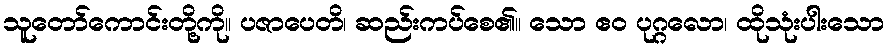
သူတော်ကောင်းတို့ကို။ ပဇာပေတိ၊ ဆည်းကပ်စေ၏။ သော ဧဝ ပုဂ္ဂလော၊ ထိုသုံးပါးသော